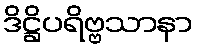
ဒိဋ္ဌိပရိဗ္ဗသာနာ